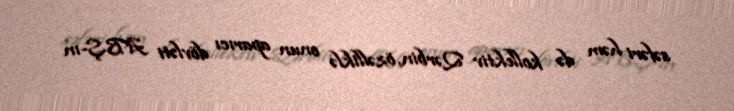
səfəri həm də kollektiv Qərbin, özəlliklə onun aparıcı dövləti ABŞ-ın